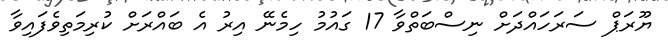
ޔޫރަޕް ސަރަހައްދަށް ނިސްބަތްވާ 17 ގައުމު ހިމެނޭ އިރު އެ ބައްރަށް ކުރިމަތިވެފައިވާ